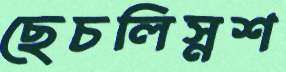
ছেচলিস্নশ